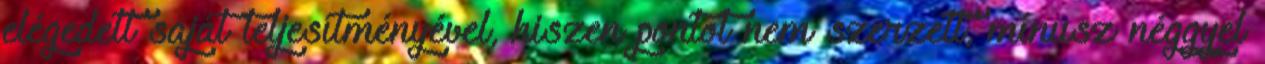
elégedett saját teljesítményével, hiszen pontot nem szerzett, mínusz néggyel